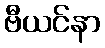
ဗီယင်နာ